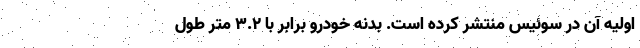
اولیه آن در سوئیس منتشر کرده است. بدنه خودرو برابر با 3.2 متر طول